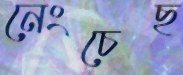
নেংচেছ